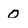
Character: 0